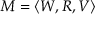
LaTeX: M = \langle W , R , V \rangle